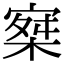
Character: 𡩣